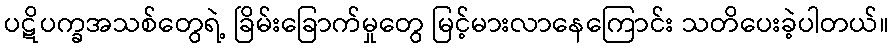
ပဋိပက္ခအသစ်တွေရဲ့ ခြိမ်းခြောက်မှုတွေ မြင့်မားလာနေကြောင်း သတိပေးခဲ့ပါတယ်။